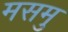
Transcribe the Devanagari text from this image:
मसमु